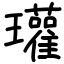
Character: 瓘